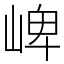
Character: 崥